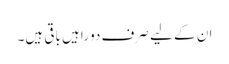
ان کے لیے صرف دو راہیں باقی ہیں۔